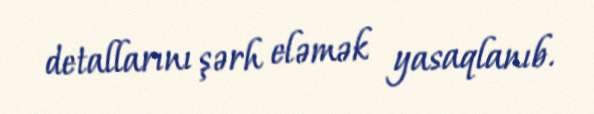
detallarını şərh eləmək yasaqlanıb.